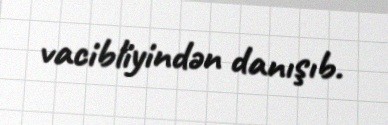
vacibliyindən danışıb.